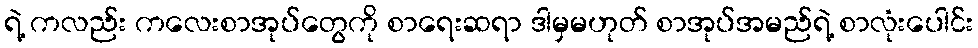
ရဲ့ ကလည်း ကလေးစာအုပ်တွေကို စာရေးဆရာ ဒါမှမဟုတ် စာအုပ်အမည်ရဲ့ စာလုံးပေါင်း